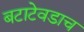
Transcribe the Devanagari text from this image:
बटाटेवडाच